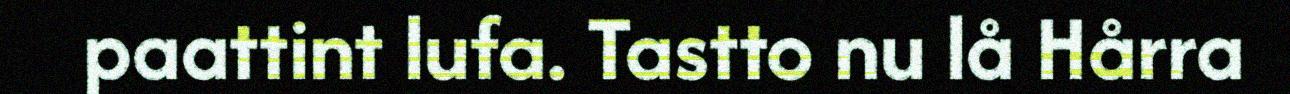
paattint lufa. Tastto nu lå Hårra